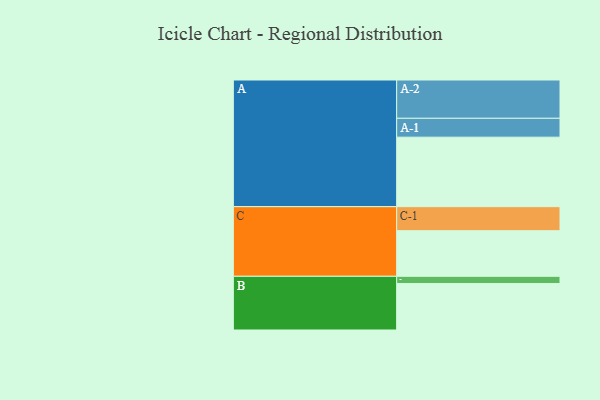
{"axis": {"x": "Segment", "y": "Value"}, "legend": ["", "A", "B", "C"], "data": [{"x": "A", "y": 541, "type": ""}, {"x": "B", "y": 362, "type": ""}, {"x": "C", "y": 355, "type": ""}, {"x": "A-1", "y": 147, "type": "A"}, {"x": "A-2", "y": 298, "type": "A"}, {"x": "B-1", "y": 56, "type": "B"}, {"x": "C-1", "y": 187, "type": "C"}]}